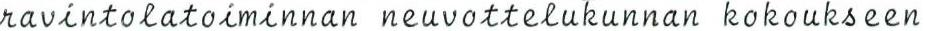
ravintolatoiminnan neuvottelukunnan kokoukseen